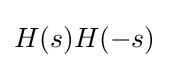
H(s)H(-s)